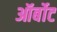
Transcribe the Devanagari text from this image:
ऑर्बोट